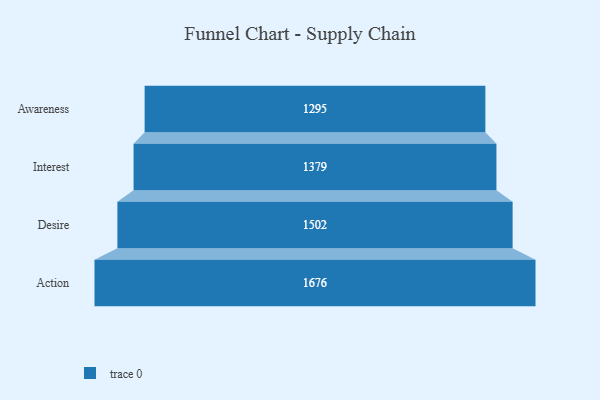
{"axis": {"x": "Stage", "y": "Value"}, "legend": [""], "data": [{"x": "Awareness", "y": 1295.0, "type": ""}, {"x": "Interest", "y": 1379.0, "type": ""}, {"x": "Desire", "y": 1502.0, "type": ""}, {"x": "Action", "y": 1676.0, "type": ""}]}